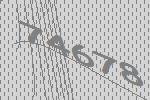
74678